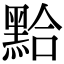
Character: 𪑇